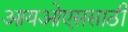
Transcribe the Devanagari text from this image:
आयओएससाठी